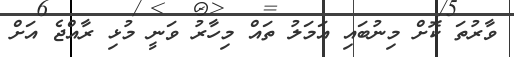
ވާރުތަ ކޮށް މިނުބައި އަމަލު ތައް މިހާރު ވަނީ މުޅި ރާއްޖެ އަށް